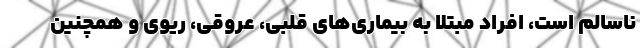
ناسالم است، افراد مبتلا به بیماری‌های قلبی، عروقی، ریوی و همچنین